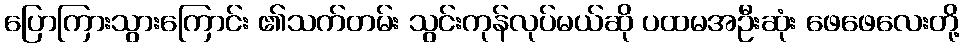
ပြောကြားသွားကြောင်း ၏သက်တမ်း သွင်းကုန်လုပ်မယ်ဆို ပထမအဦးဆုံး ဖေဖေလေးတို့